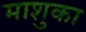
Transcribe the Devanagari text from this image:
माशुका